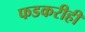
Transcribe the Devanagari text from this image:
फडकरीही